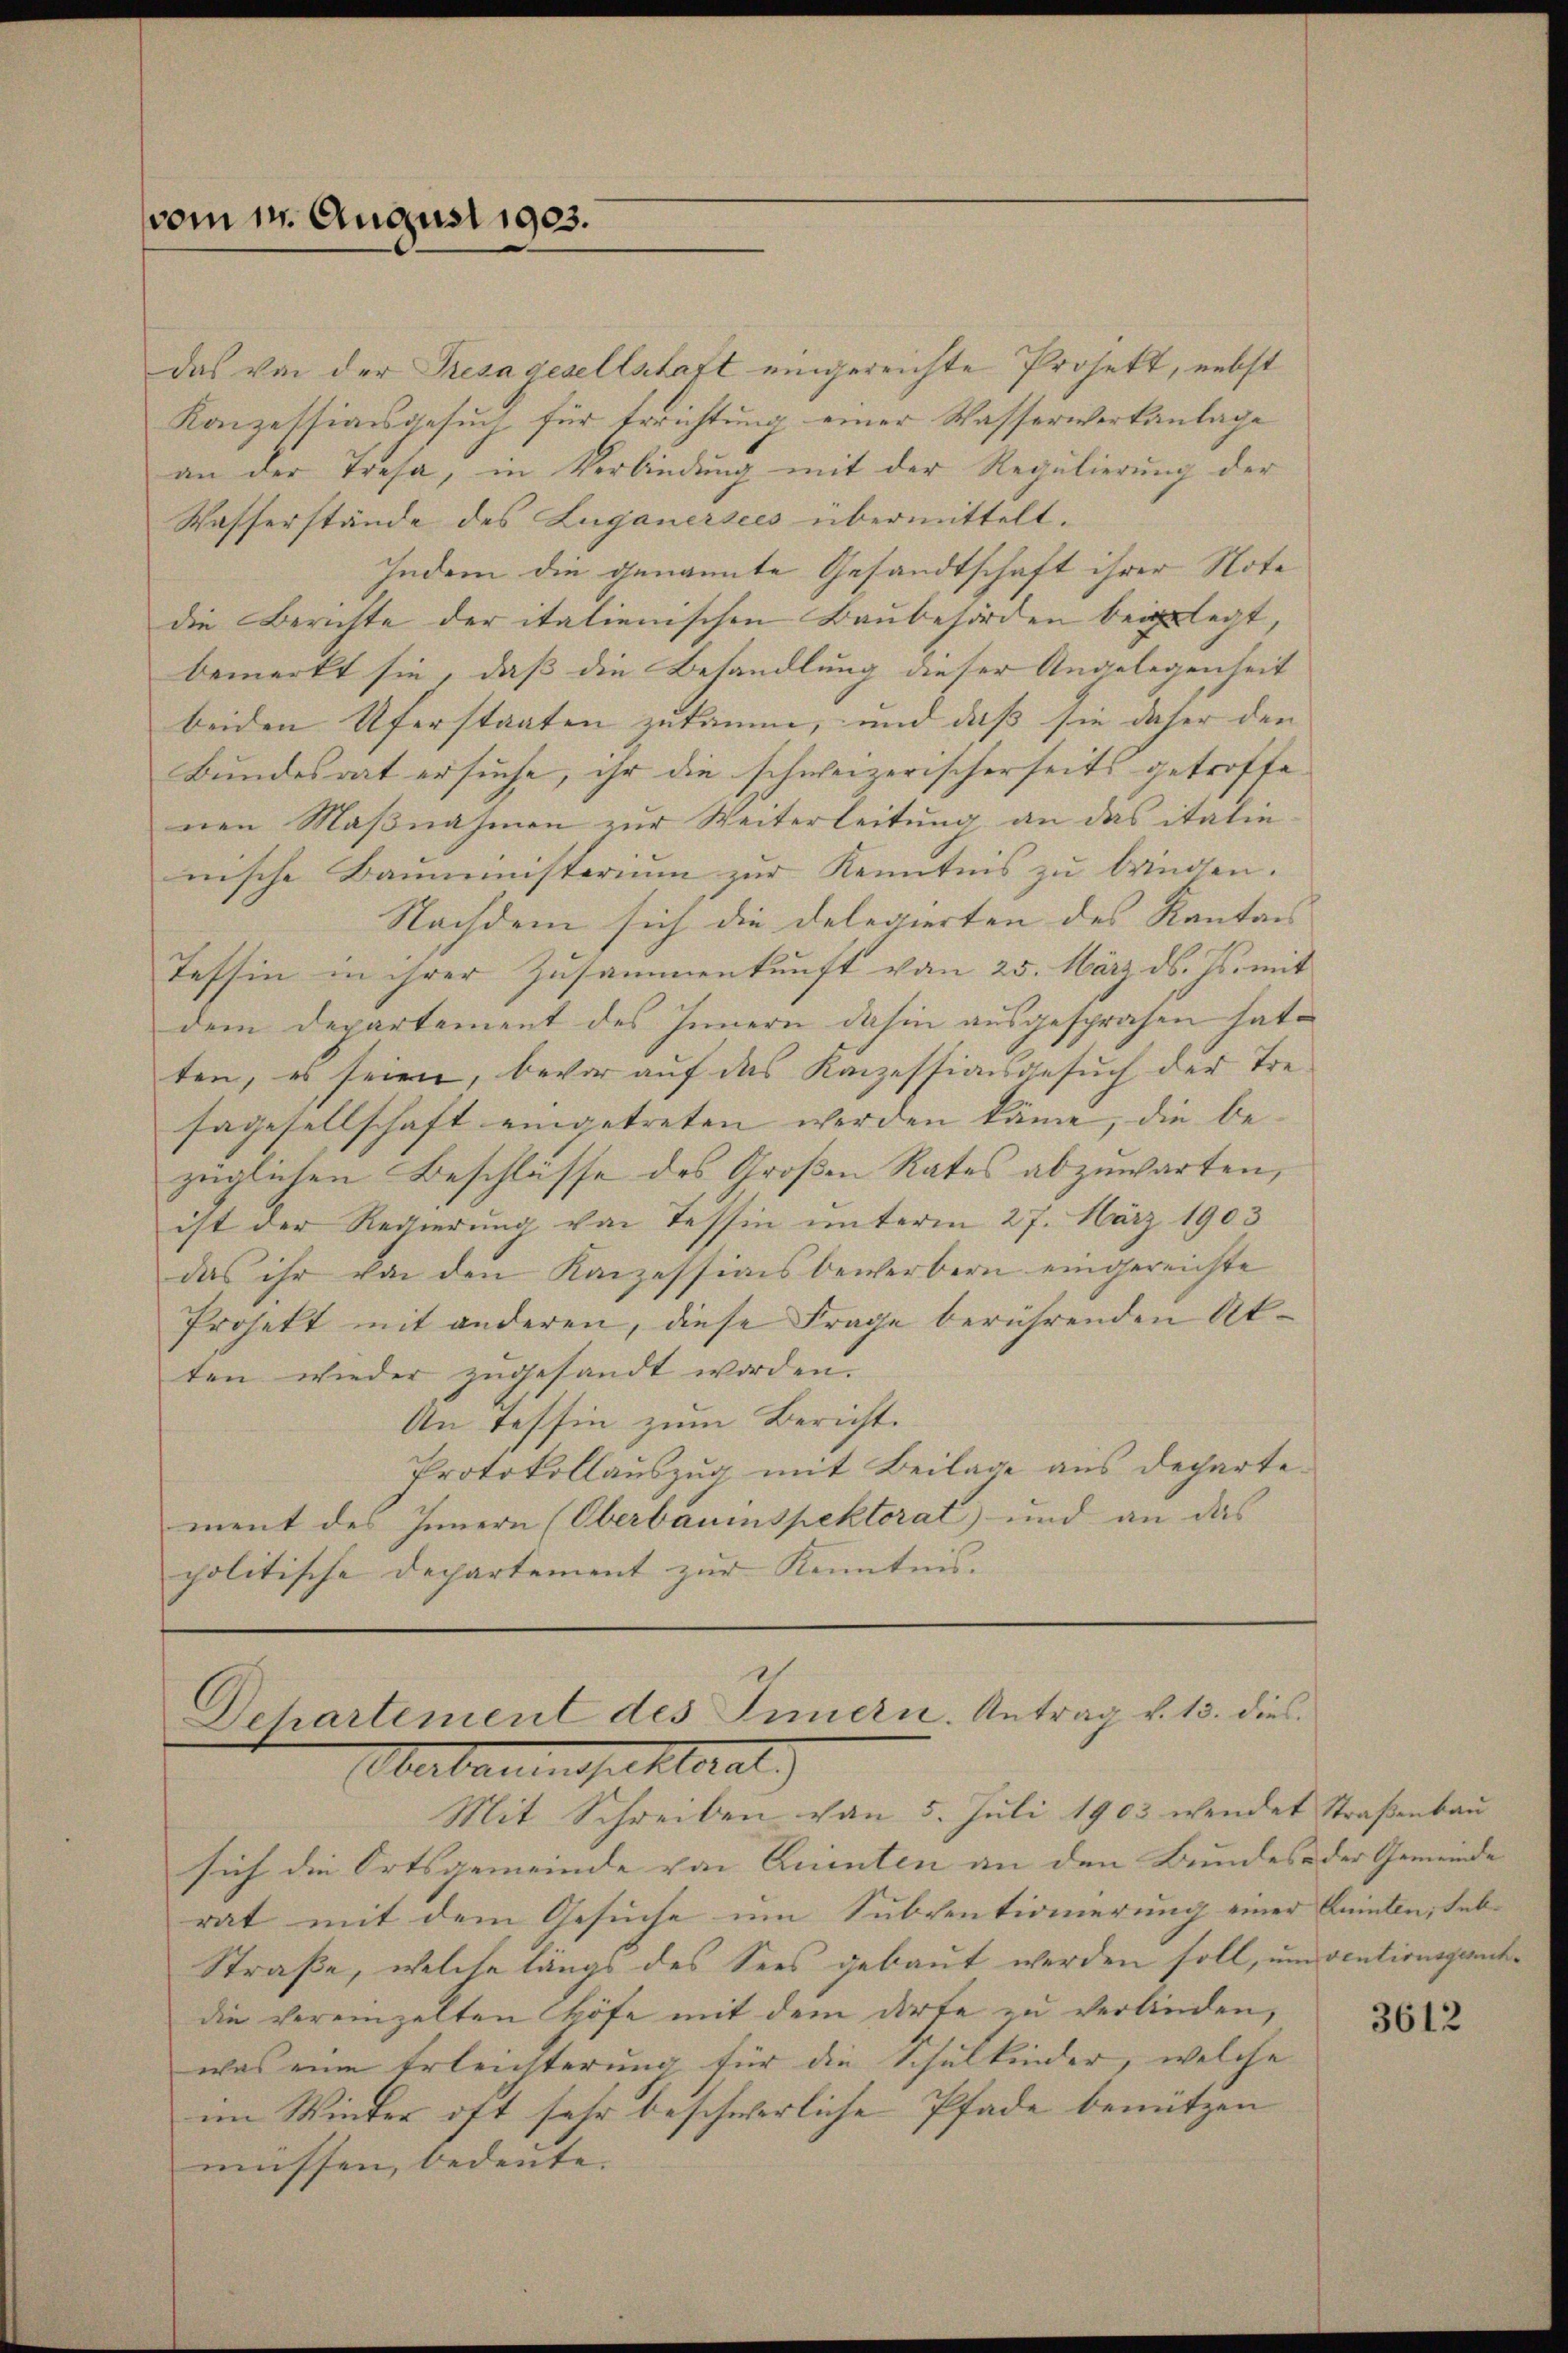
vom 14. August 1903.

das von der Tresa gesellstaft eingereichte Prosett, nebst
Konzessionsgesuch für Errichtung einer Wasserwerkanlage
an der Tresa, in Verbindung mit der Regulierung der
Wasserstände des Luganersees übermittelt.
Indem die genannte Gesandtschaft ihrer Note
die Berichte der italienischen Baubehörden beigelegt,
bemerkt sie, daß die Behandlung dieser Angelegenheit
beiden Uferstaaten zusamme, und daß sie daher den
Bundesrat ersuche, ihr die schweizerischerseits getroffe
nen Maßnahmen zur Weiterleitung an das italie
nische Bauministerium zur Kenntnis zu bringen. |
Nachdem sich die Delegierten des Kantons
Tessin in ihrer Zusammenkunft von 25. März d. Js. mit
dem Departement des Innern dahin ausgesprochen hat.
ten, es seien, bevor auf das Kanzessionsgesuch der Tre
sagesellschaft eingetreten werden käme, die bezüglichen Beschlüsse des Großen Rates abzuwarten,
ist der Regierung von Tessin unterm 27. März 1903
das ihr von den Kanzessionsbewerbern eingereichte
Projekt mit anderen, diese Frage berührenden Akten wieder zugesandt worden.
An Tessin zum Bericht.
Protokollauszug mit Beilage aus departement des Innern (Oberbauinspektorat) und an das
politische Departement zur Kenntnis. |

Dehartement des Innern. Antrag v. 13. dies
Herbauinspektorat)
Mit Schreiben von 5. Juli 1903 wendet Straßenbau

sich die Ortsgemeinde von Quinten an den Bundes der Gemeinde |
rat mit dem Gesuche um Subventionierung einer Quinten, hab-
Straße, welche längs des Sees gebaut werden soll, um ventionsgerichdie vereinzelten Höfe mit dem Dorfe zu verbinden,
was eine Erleichterung für die Schulkinder, welche
im Winter oft sehr beschwerliche Pfade benützen |
müssen, bedeute.

3612